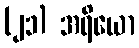
(၂၁) အရိယော